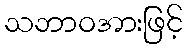
သဘာဝအားဖြင့်